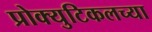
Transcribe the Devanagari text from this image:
प्रोक्युटिकलच्या